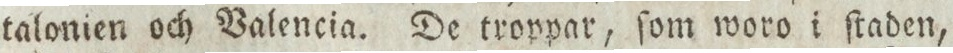
talonien och Valencia. De troppar, ſom woro i ſtaden,